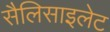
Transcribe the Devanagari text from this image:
सैलिसाइलेट